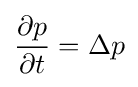
{\frac {\partial p}{\partial t}}=\Delta p